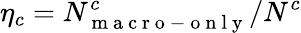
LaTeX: \eta_{c}=N_{\mathrm{~m~a~c~r~o~-~o~n~l~y~}}^{c}/N^{c}